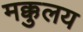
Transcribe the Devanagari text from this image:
मक्कुलय